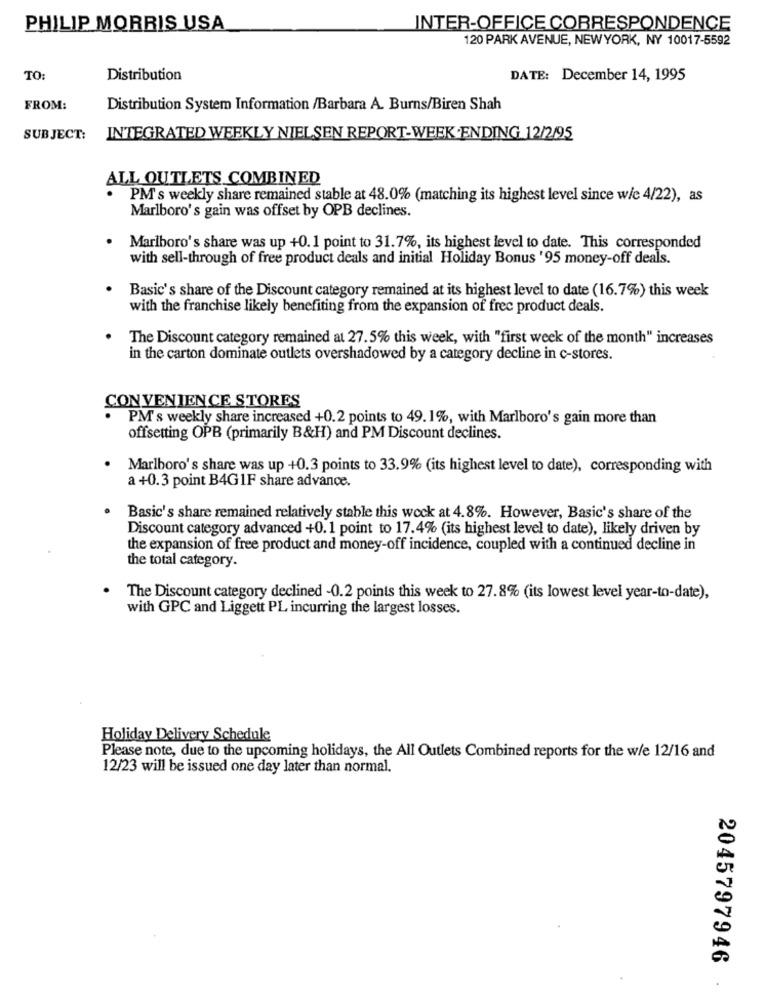
PHILIP MORRIS USA
INTER-OFFICE CORRESPONDENCE
120 PARK AVENUE, NEWYORK, NY 10017-5592
TO:
Distribution
DATE: December 14, 1995
FROM:
Distribution System Information /Barbara A. Burns/Biren Shah
SUBJECT: INTEGRATED WEEKLY NIELSEN REPORT-WEEK .ENDING 12/2/95
ALL OUTLETS COMBINED
PM's weekly share remained stable at 48.0% (matching its highest level since w/e 4/22), as
Marlboro' s gain was offset by OPB declines.
Marlboro's share was up +0. 1 point to 31.7%, its highest level to date. This corresponded
with sell-through of free product deals and initial Holiday Bonus ' 95 money-off deals.
Basic's share of the Discount category remained at its highest level to date (16.7%) this week
with the franchise likely benefiting from the expansion of frec product deals.
The Discount category remained at 27.5% this week, with "first week of the month" increases
in the carton dominate outlets overshadowed by a category decline in c-stores.
CONVENIENCE STORES
PM's weekly share increased +0.2 points to 49. 1%, with Marlboro's gain more than
offsetting OPB (primarily B&H) and PM Discount declines.
Marlboro's share was up +0.3 points to 33.9% (its highest level to date), corresponding with
a +0.3 point B4G1F share advance.
· Basic's share remained relatively stable this week at 4.8%. However, Basic's share of the
Discount category advanced +0.1 point to 17.4% (its highest level to date), likely driven by
the expansion of free product and money-off incidence, coupled with a continued decline in
the total category.
The Discount category declined -0.2 points this week to 27.8% (its lowest level year-to-date),
with GPC and Liggett PL incurring the largest losses.
Holiday Delivery Schedule
Please note, due to the upcoming holidays, the All Outlets Combined reports for the w/e 12/16 and
12/23 will be issued one day later than normal.
2045797946